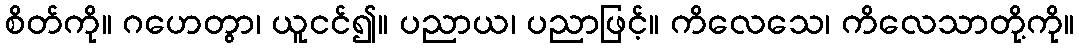
စိတ်ကို။ ဂဟေတွာ၊ ယူငင်၍။ ပညာယ၊ ပညာဖြင့်။ ကိလေသေ၊ ကိလေသာတို့ကို။